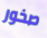
صخور